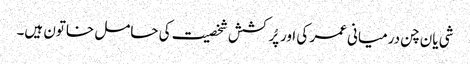
شی یان چن درمیانی عمر کی اور پُرکشش شخصیت کی حامل خاتون ہیں۔